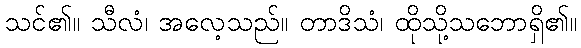
သင်၏။ သီလံ၊ အလေ့သည်။ တာဒိသံ၊ ထိုသို့သဘောရှိ၏။